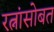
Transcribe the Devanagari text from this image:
रत्नांसोबत